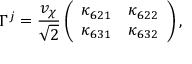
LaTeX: \Gamma ^ { j } = \frac { v _ { \chi } } { \sqrt 2 } \left( \begin{array} { c c } { { \kappa _ { 6 2 1 } } } & { { \kappa _ { 6 2 2 } } } \\ { { \kappa _ { 6 3 1 } } } & { { \kappa _ { 6 3 2 } } } \end{array} \right) ,